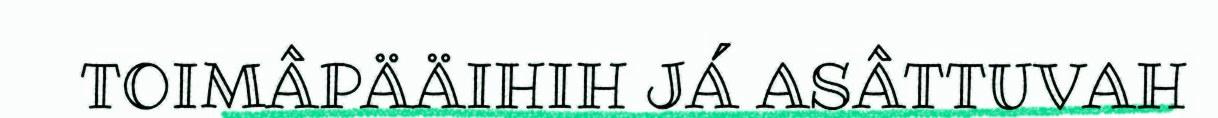
TOIMÂPÄÄIHIH JÁ ASÂTTUVAH